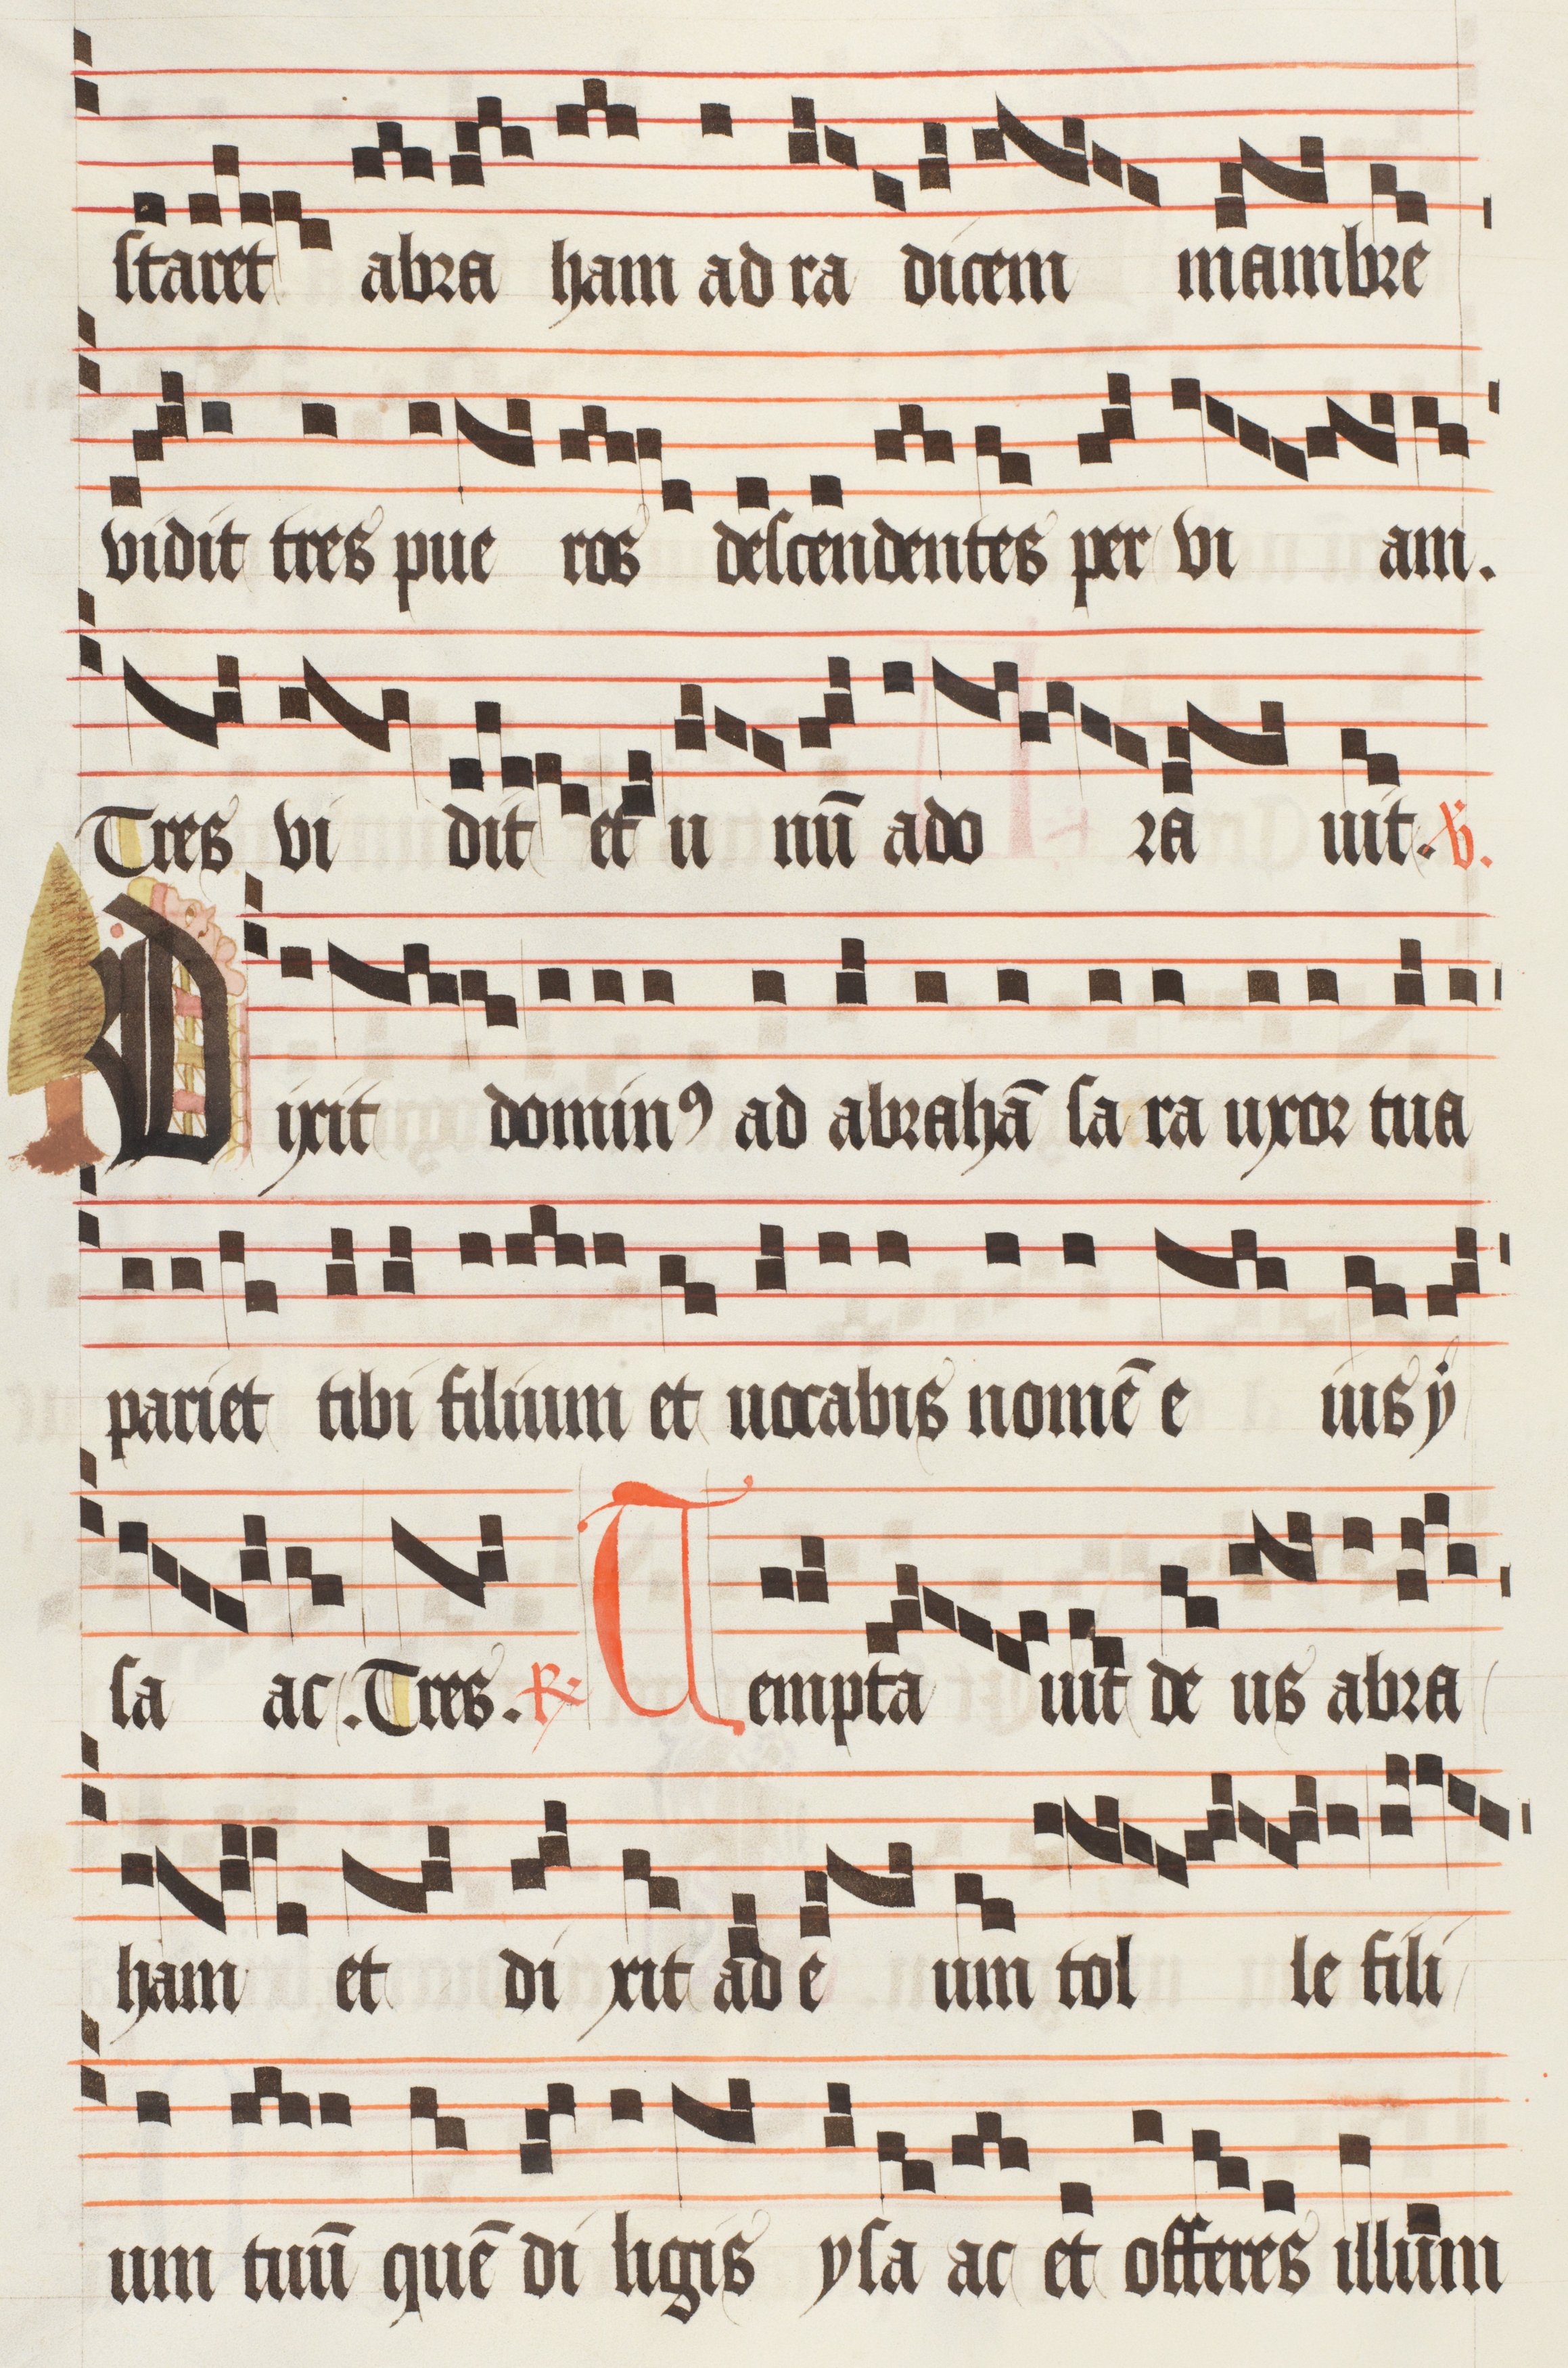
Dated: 1474–1505